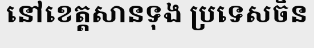
នៅខេត្តសានទុង ប្រទេសចិន